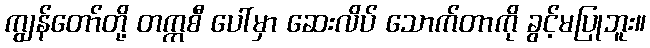
ကျွန်တော်တို့ တက္ကစီ ပေါ်မှာ ဆေးလိပ် သောက်တာကို ခွင့်မပြုဘူး။